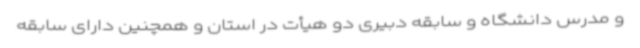
و مدرس دانشگاه و سابقه دبیری دو هیأت در استان و همچنین دارای سابقه